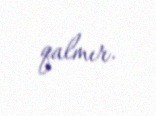
qalmır.